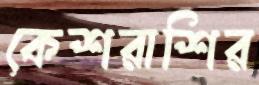
কেশরাশির